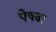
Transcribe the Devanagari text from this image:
पेषवा